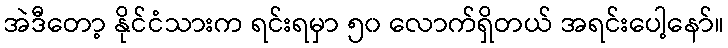
အဲဒီတော့ နိုင်ငံသားက ရင်းရမှာ ၅၀ လောက်ရှိတယ် အရင်းပေါ့နော်။